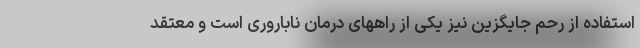
استفاده از رحم جایگزین نیز یکی از راههای درمان ناباروری است و معتقد